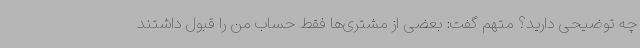
چه توضیحی دارید؟ متهم گفت: بعضی از مشتری‌ها فقط حساب من را قبول داشتند